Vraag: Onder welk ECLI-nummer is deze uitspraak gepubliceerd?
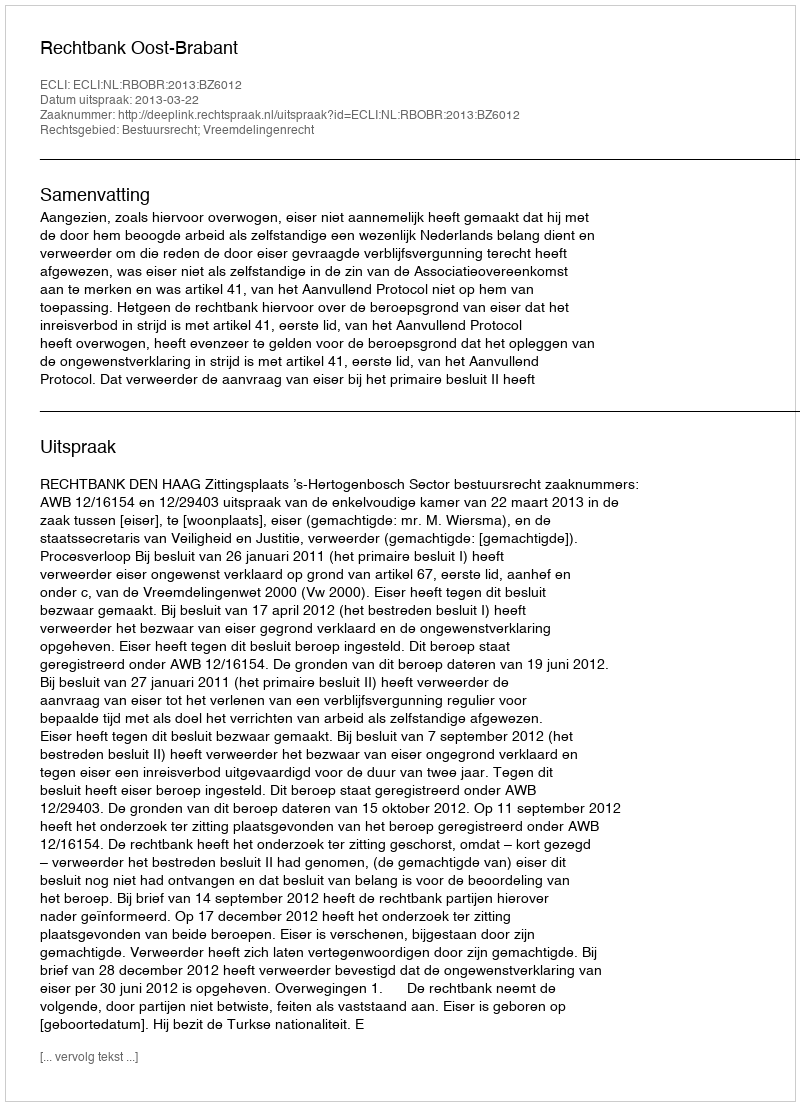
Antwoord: ECLI:NL:RBOBR:2013:BZ6012